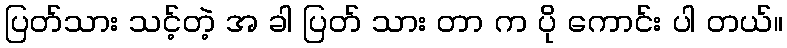
ပြတ်သား သင့်တဲ့ အ ခါ ပြတ် သား တာ က ပို ကောင်း ပါ တယ်။